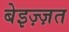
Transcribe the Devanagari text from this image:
बेइज़्ज़त